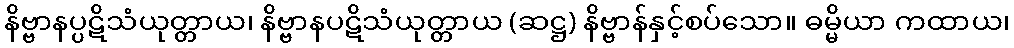
နိဗ္ဗာနပ္ပဋိသံယုတ္တာယ၊ နိဗ္ဗာနပဋိသံယုတ္တာယ (ဆဋ္ဌ) နိဗ္ဗာန်နှင့်စပ်သော။ ဓမ္မိယာ ကထာယ၊